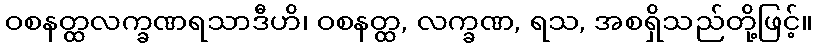
ဝစနတ္ထလက္ခဏရသာဒီဟိ၊ ဝစနတ္ထ, လက္ခဏ, ရသ, အစရှိသည်တို့ဖြင့်။